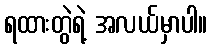
ရထားတွဲရဲ့ အလယ်မှာပါ။